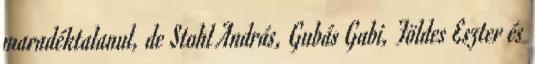
maradéktalanul, de Stohl András, Gubás Gabi, Földes Eszter és